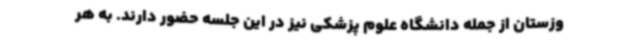
وزستان از جمله دانشگاه علوم پزشکی نیز در این جلسه حضور دارند. به هر